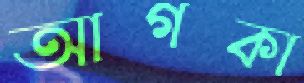
আগকা